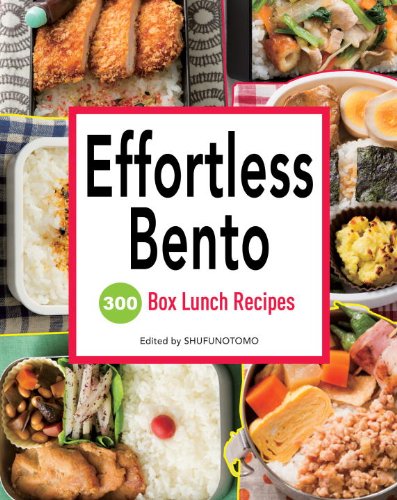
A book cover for Effortless Bento: 300 Japanese Box Lunch Recipes; Cookbooks, Food & Wine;